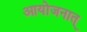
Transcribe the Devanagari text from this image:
आयोजनात्